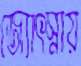
জ্যোৎস্নায়